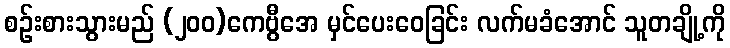
စဉ်းစားသွားမည် (၂၀၀)ကေဗွီအေ မှင်ပေးဝေခြင်း လက်မခံအောင် သူတချို့ကို